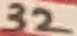
Text: 32